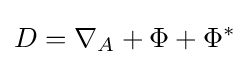
D=\nabla _{A}+\Phi +\Phi ^{*}